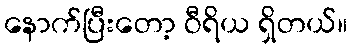
နောက်ပြီးတော့ ဝီရိယ ရှိတယ်။